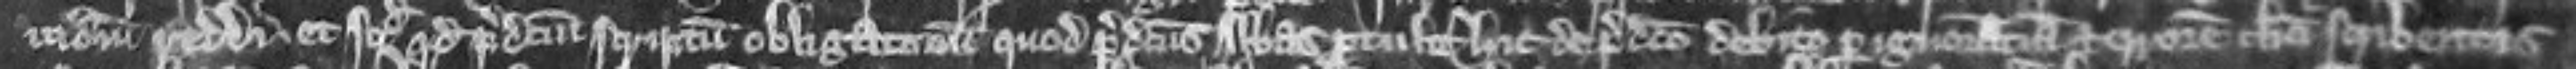
judicium reddi et sciendum quod predictum scriptum obligatorium quod predictus abbas protulit hic de predicto debito per ignoranciam et errorem clerici scribentis